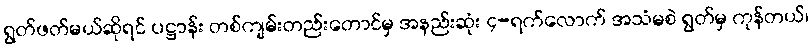
ရွတ်ဖတ်မယ်ဆိုရင် ပဋ္ဌာန်း တစ်ကျမ်းတည်းတောင်မှ အနည်းဆုံး ၄-ရက်လောက် အသံမစဲ ရွတ်မှ ကုန်တယ်၊